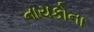
નાયકોના